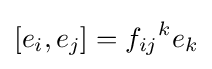
[e_{i},e_{j}]={f_{ij}}^{k}e_{k}